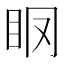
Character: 𥄞